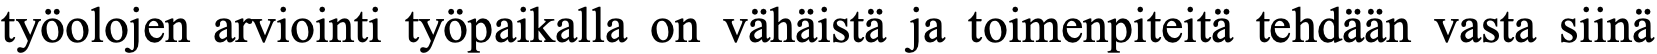
työolojen arviointi työpaikalla on vähäistä ja toimenpiteitä tehdään vasta siinä